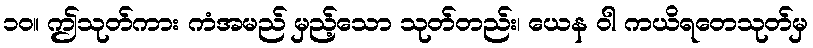
၁၀။ ဤသုတ်ကား ကံအမည် မှည့်သော သုတ်တည်း၊ ယေန ဝါ ကယိရတေသုတ်မှ